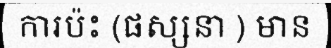
ការប៉ះ (ផស្សនា ) មាន